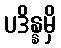
ပဒိန္နမှိ